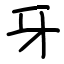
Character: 牙